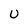
Character: U